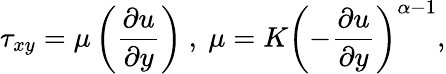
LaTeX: \tau_{xy}=\mu\left(\frac{\partial u}{\partial y}\right)~,~\mu=K\left(-\frac{\partial u}{\partial y}\right)^{\alpha-1},